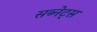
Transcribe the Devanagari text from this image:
सब्नेट्स